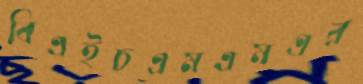
বিএইচএমএমএর